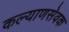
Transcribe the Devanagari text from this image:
कल्याणसेवक